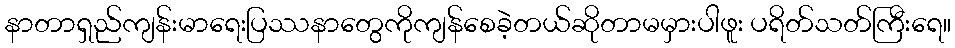
နာတာရှည်ကျန်းမာရေးပြဿနာတွေကိုကျန်စေခဲ့တယ်ဆိုတာမမှားပါဖူး ပရိတ်သတ်ကြီးရေ။